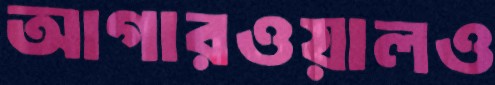
আগারওয়ালও